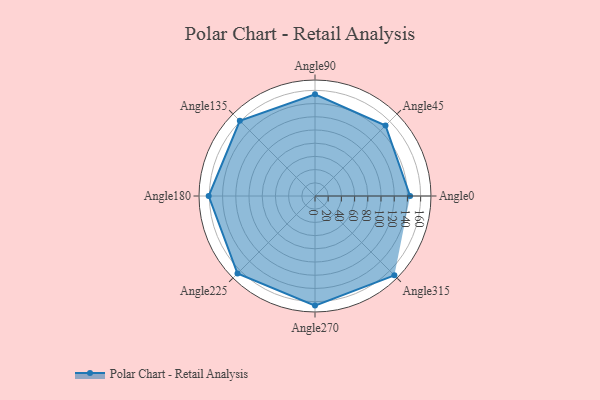
{"axis": {"x": "Angle", "y": "Radius"}, "legend": [""], "data": [{"x": "Angle0", "y": 144.0, "type": ""}, {"x": "Angle45", "y": 151.0, "type": ""}, {"x": "Angle90", "y": 154.0, "type": ""}, {"x": "Angle135", "y": 161.0, "type": ""}, {"x": "Angle180", "y": 161.0, "type": ""}, {"x": "Angle225", "y": 166.0, "type": ""}, {"x": "Angle270", "y": 166.0, "type": ""}, {"x": "Angle315", "y": 170, "type": ""}]}